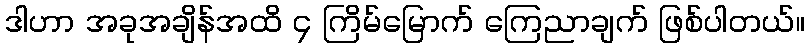
ဒါဟာ အခုအချိန်အထိ ၄ ကြိမ်မြောက် ကြေညာချက် ဖြစ်ပါတယ်။